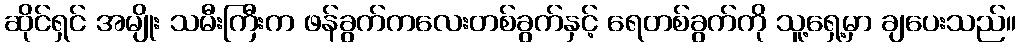
ဆိုင်ရှင် အမျိုး သမီးကြီးက ဖန်ခွက်ကလေးတစ်ခွက်နှင့် ရေတစ်ခွက်ကို သူ့ရှေ့မှာ ချပေးသည်။